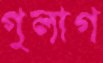
গুলাগ